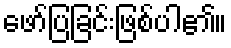
ဖော်ပြခြင်းဖြစ်ပါ၏။